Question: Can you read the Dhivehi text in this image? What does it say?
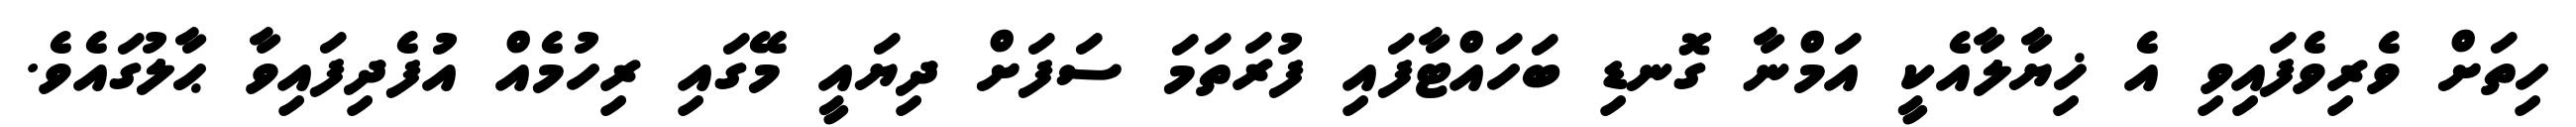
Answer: ހިތަށް ވެރިވެފައިވި އެ ޚިޔާލާއެކީ އަމްނާ ގޮނޑި ބަހައްޓާފައި ފުރަތަމަ ސަފަށް ދިޔައީ މޭގައި ރިހުމެއް އުފެދިފައިވާ ޙާލުގައެވެ.